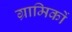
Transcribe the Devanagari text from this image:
ग्रामिकों